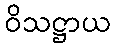
ဝိသဋ္ဌာယ